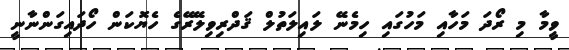
ވީމާ މި ރޯދަ މަހާއި މަހުގައި ހިމެނޭ ލައިލަތުލް ޤަދްރިވިލޭރޭގެ ހެޔޮކަން ހޯދައިގަންނާނީ